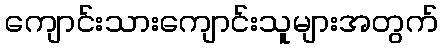
ကျောင်းသားကျောင်းသူများအတွက်